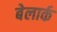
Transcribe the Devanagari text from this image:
बेलार्क